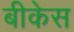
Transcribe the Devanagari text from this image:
बीकेस